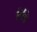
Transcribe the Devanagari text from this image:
लेडि